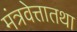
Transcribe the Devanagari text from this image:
मंत्रवेत्तातथा